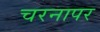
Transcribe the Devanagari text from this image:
चरनापर